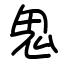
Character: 鬼